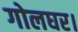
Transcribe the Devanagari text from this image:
गोलघर।